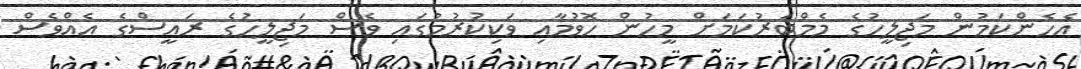
އެހެންކަމުން މަޖިލީހުގެ މެމްބަރުކަމަށް މީހުން ހޮވުމާއި ވަކިކުރުމުގައި ވެސް މަޖިލީހުގެ ރައީސްގެ އެއްވެސް